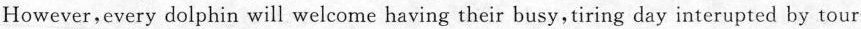
However,every dolphin will welcome having their busy,tiring day interupted by tour-